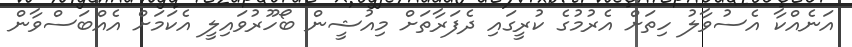
އަނެއްކާ އެސުވާލު ހިތަށް އެރުމުގެ ކުރީގައި ދެފަރާތަށް މިއުޝީން ބޯހޫރުވައިލީ އެކަމަށް އެއްބަސްވާން